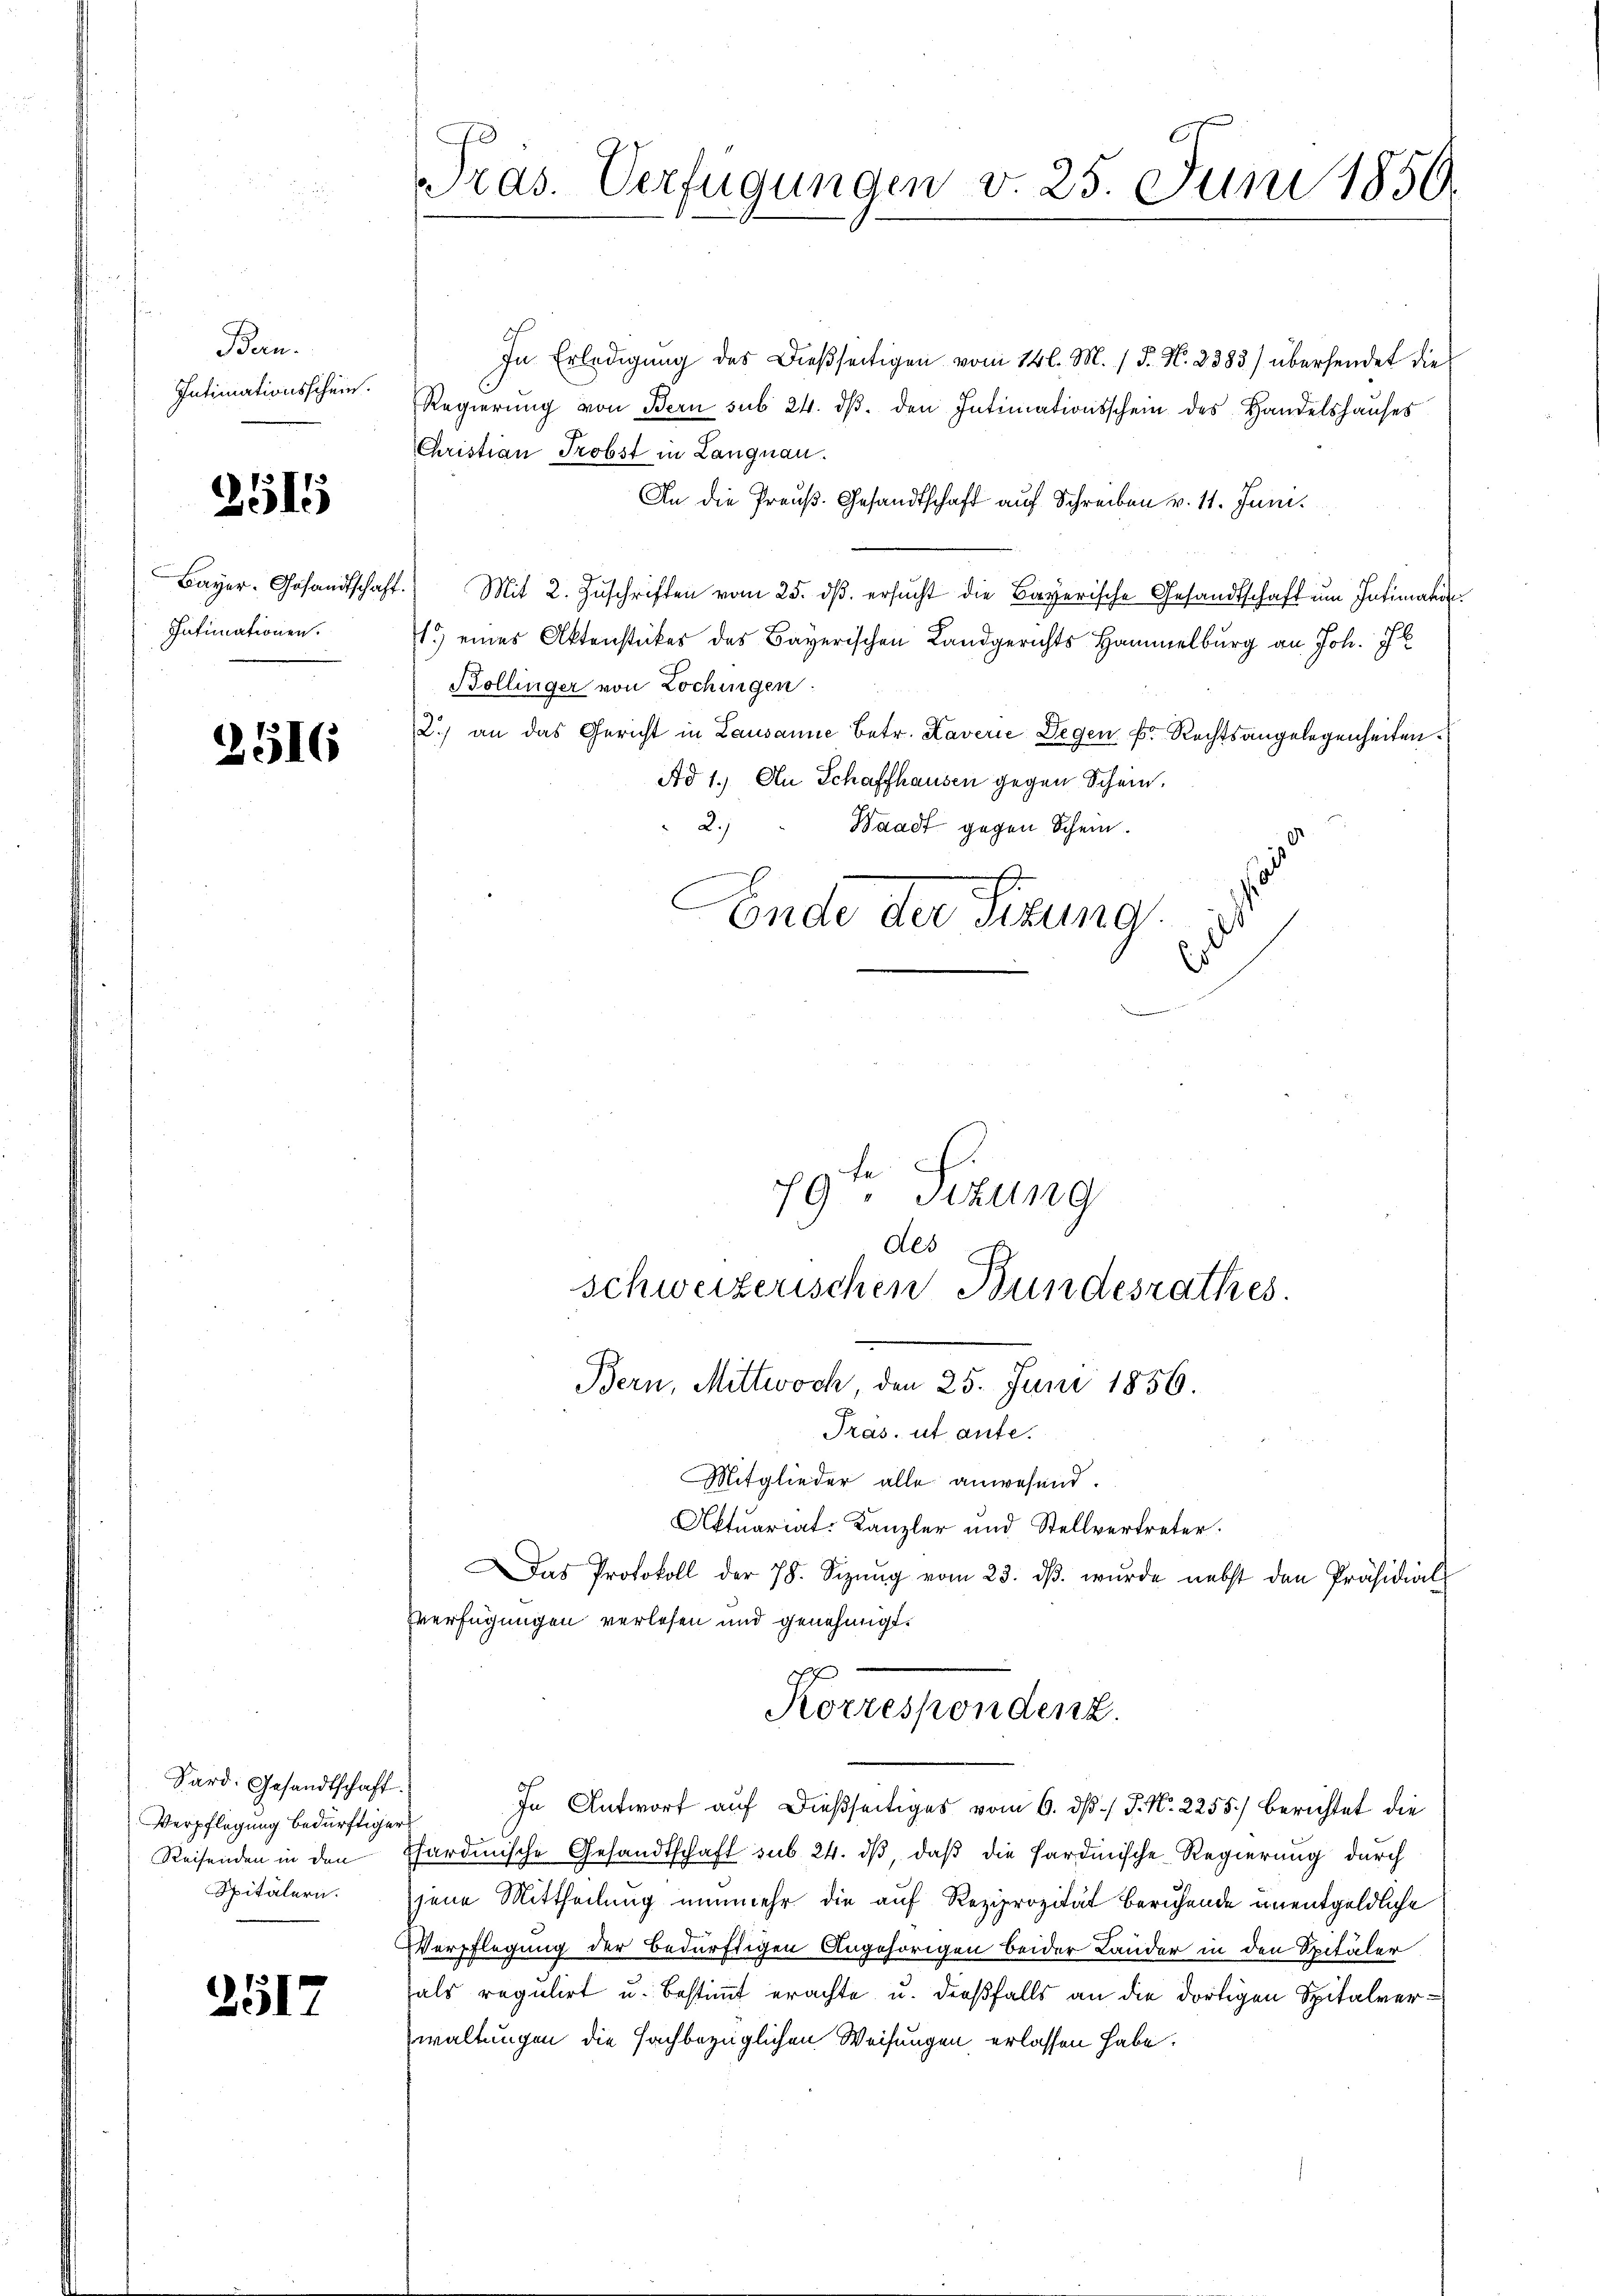
Ban.
Intimationsschein.

251

Bayer. Gesandtschaf
Intimationen.

2516

Sard. Gesandtschaft.
Verpflegung bedürftiger
Reifenden in den
Spitälern.

2517

Präs. Verfügungen v. 25. Juni 1850.

In Erledigŭng des Dießseitigen vom 14 l. M. 1 S. N. 2383) übersendet die
Regierung von Bern sub 24. ds. den Intimationsschein des Handelshauses
Christian Probst in Langnau.
An die Preuß. Gesandtschaft auf Schreiben v. 11. Juni.
Mit 2. Zuschriften vom 25. dβ. ersucht die Bayerische Gesandtschaft um Intimation
.) eines Aktenstückes des Bayerischen Landgerichts Hammelburg an Joh. J
Bollinger von Lochingen.
2.) an das Gericht in Lausanne betr. Kaverie Degen k. Rechtsangelegenheiten.
Ad 1.) An Schaffhausen gegen Schein.
2.)
Waadt gegen Schein.
Ende der Sizung
79ten Sizung

Mitglieder alle anwesend.
Aktuariat-Kanzler und Stellvertreter.
Das Protokoll der 78. Sizŭng vom 23. dβ. wŭrde nebst den Präsidial-
verfügungen verlesen und genehmigt.
In Antwort auf dießseitiges vom 6. ds P. Nr. 2255) berichtet die
hardinische Gesandtschaft sub 24. dβ, daß die Sardinische Regierung durch
jene Mittheilung nunmehr die auf Reziprozität beruhende unentgeldliche
VVerpflegung der Bedürftigen Angehörigen beider Lander in den Spitäler
als regulirt u. bestimmt erachte u. dießfalls an die dortigen Spitalverwaltungen die sachbezüglichen Weisungen erlassen habe.

schweizerischen Bundesrathes.
Tras, ut ante.

des
Bern, Mittwoch, den 25. Juni 1856.

Ex
Korrespondenz.